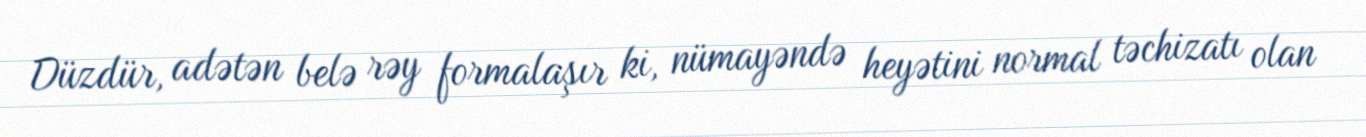
Düzdür, adətən belə rəy formalaşır ki, nümayəndə heyətini normal təchizatı olan